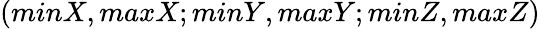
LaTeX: (minX,maxX;minY,maxY;minZ,maxZ)